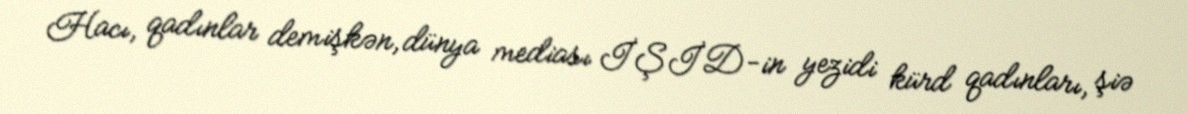
Hacı, qadınlar demişkən, dünya mediası İŞİD-in yezidi kürd qadınları, şiə